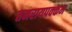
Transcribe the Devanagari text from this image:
तमरायपक्कम